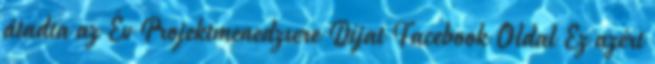
átadta az Év Projektmenedzsere Díjat Facebook Oldal Ez azért